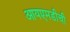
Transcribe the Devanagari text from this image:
आयएमडीची